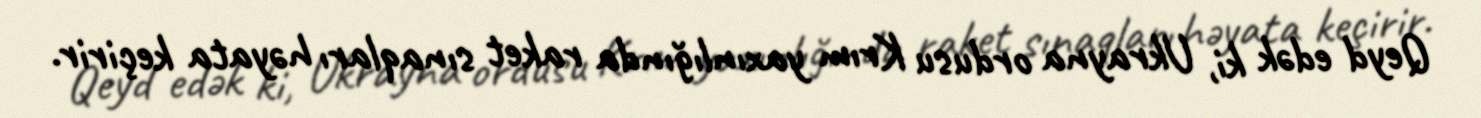
Qeyd edək ki, Ukrayna ordusu Krım yaxınlığında raket sınaqları həyata keçirir.